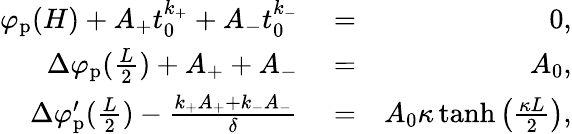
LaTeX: \begin{array}{rlr}{\varphi_{\mathrm{p}}(H)+A_{+}t_{0}^{k_{+}}+A_{-}t_{0}^{k_{-}}}&{{}=}&{0,}\\ {\Delta\varphi_{\mathrm{p}}(\frac{L}{2})+A_{+}+A_{-}}&{{}=}&{A_{0},}\\ {\Delta\varphi_{\mathrm{p}}^{\prime}(\frac{L}{2})-\frac{k_{+}A_{+}+k_{-}A_{-}}{\delta}}&{{}=}&{A_{0}\kappa\operatorname{tanh}\left(\frac{\kappa L}{2}\right),}\end{array}